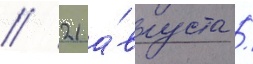
// 21 а́вгуста /